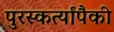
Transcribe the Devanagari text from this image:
पुरस्कर्त्यांपैकी